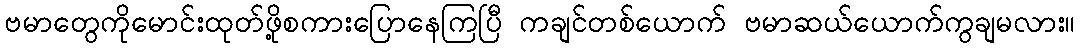
ဗမာတွေကိုမောင်းထုတ်ဖို့စကားပြောနေကြပြီ ကချင်တစ်ယောက် ဗမာဆယ်ယောက်ကွချမလား။